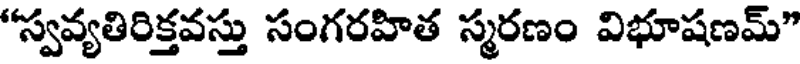
"స్వవ్యతిరిక్తవస్తు సంగరహిత స్మరణం విభూషణమ్"